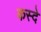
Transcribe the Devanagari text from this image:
कस्दे